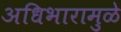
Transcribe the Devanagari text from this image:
अधिभारामुळे